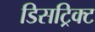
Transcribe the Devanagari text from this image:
डिसट्रिक्ट